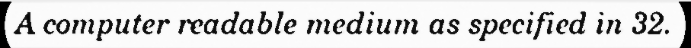
A computer readable medium as specified in 32.